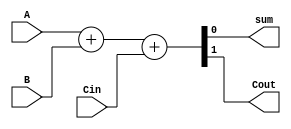
/*******************************************************************
*
* Module: FullAdder 
* Project: RISC-V processor
* Description: adds 2  1-bit integers
*
* Change history: created in the lab
*
**********************************************************************/

module FullAdder(
    input A,
    input B,
    input Cin,
    output sum,
    output Cout
    );
   assign {Cout,sum}=A+B+Cin;
   
endmodule